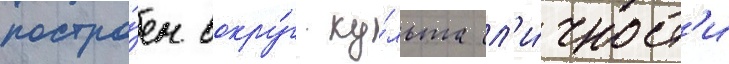
постро́ен вокру́г ку́льта л'и́чност'и